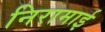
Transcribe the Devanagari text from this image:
निरामाई